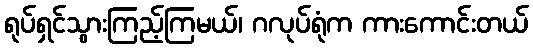
ရုပ်ရှင်သွားကြည့်ကြမယ်၊ ဂလုပ်ရုံက ကားကောင်းတယ်